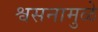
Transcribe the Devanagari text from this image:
श्वसनामुळे